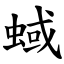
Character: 蜮